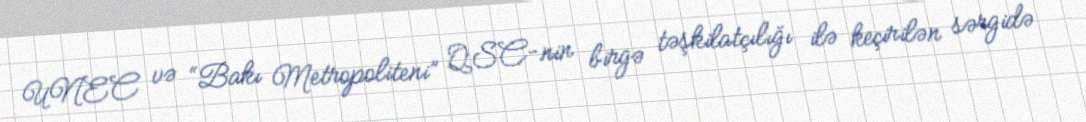
UNEC və “Bakı Metropoliteni” QSC-nin birgə təşkilatçılığı ilə keçirilən sərgidə